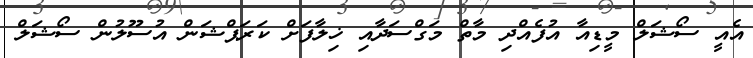
އެއީ ސޯޝަލް މީޑިއާ އުފެއްދި މާތް މަގްސަދާއި ޚިލާފަށް ކަރަޕްޝަން އުސޫލުން ސޯޝަލް